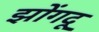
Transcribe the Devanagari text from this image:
झोंगदू